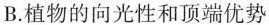
B.植物的向光性和顶端优势